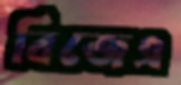
বিজেএ